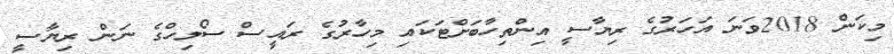
މިކަން 2018ވަނަ އަހަރުގެ ރިޔާސީ އިންތިހާބަށްޓަކައި މިހާރުގެ ރައީސް ސޯލިހްގެ ނަން ރިޔާސީ